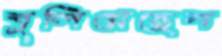
বুলিয়েছেন